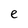
Character: e